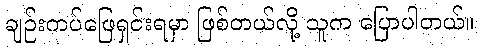
ချဉ်းကပ်ဖြေရှင်းရမှာ ဖြစ်တယ်လို့ သူက ပြောပါတယ်။